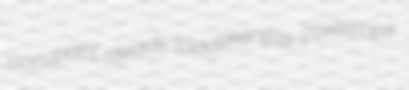
occupant steads toadlikeness Zosterops